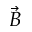
\vec { B }